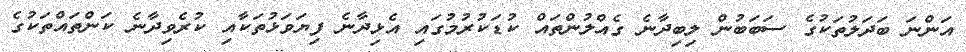
އަންނަ ބަދަލުތަކުގެ ސަބަބުން ލިބިދާނެ ގެއްލުންތައް ކުޑަކުރުމުގައި އެޅިދާނެ ފިޔަވަޅުތަކާއި ކުރެވިދާނެ ކަންތައްތަކުގެ